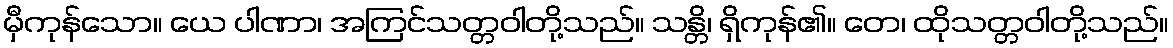
မှီကုန်သော။ ယေ ပါဏာ၊ အကြင်သတ္တဝါတို့သည်။ သန္တိ၊ ရှိကုန်၏။ တေ၊ ထိုသတ္တဝါတို့သည်။